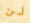
لن